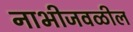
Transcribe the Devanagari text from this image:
नाभीजवळील